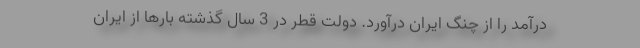
درآمد را از چنگ ایران درآورد. دولت قطر در 3 سال گذشته بارها از ایران